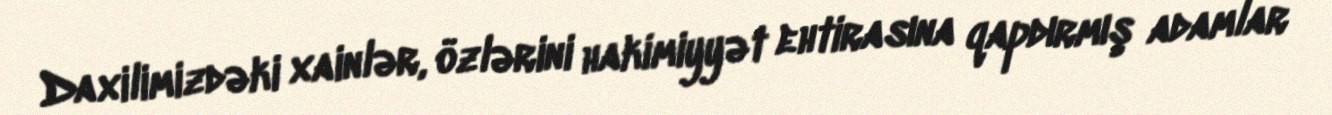
Daxilimizdəki xainlər, özlərini hakimiyyət ehtirasına qapdırmış adamlar